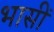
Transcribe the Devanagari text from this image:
भासीं